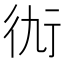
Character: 𧗝